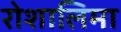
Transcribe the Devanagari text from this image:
रोशालिमा